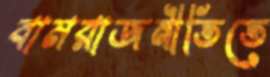
বামরাজনীতিতে